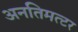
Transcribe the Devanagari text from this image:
अनतिमत्टर